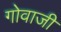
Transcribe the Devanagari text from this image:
गोवाजी